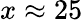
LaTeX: x\approx 25